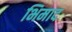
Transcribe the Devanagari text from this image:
भिमाद